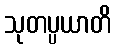
သုတပ္ပယာတိ